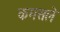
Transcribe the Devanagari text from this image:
कमसले